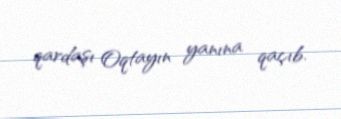
qardaşı Oqtayın yanına qaçıb.